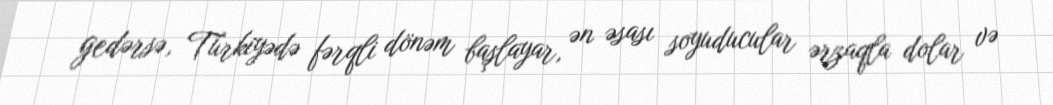
gedərsə, Türkiyədə fərqli dönəm başlayar, ən əsası soyuducular ərzaqla dolar və